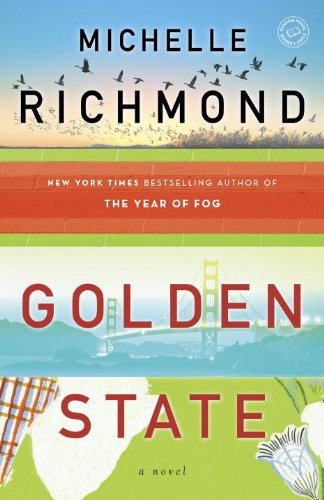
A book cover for Golden State: A Novel; Michelle Richmond; Literature & Fiction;